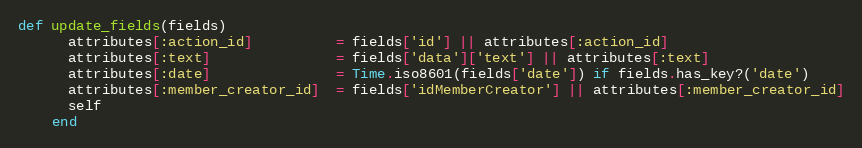
Language: Ruby
def update_fields(fields)
      attributes[:action_id]          = fields['id'] || attributes[:action_id]
      attributes[:text]               = fields['data']['text'] || attributes[:text]
      attributes[:date]               = Time.iso8601(fields['date']) if fields.has_key?('date')
      attributes[:member_creator_id]  = fields['idMemberCreator'] || attributes[:member_creator_id]
      self
    end